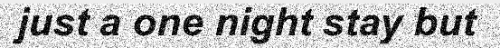
just a one night stay but